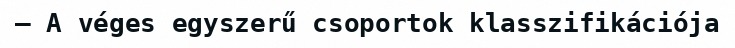
– A véges egyszerű csoportok klasszifikációja